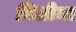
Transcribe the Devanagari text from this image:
निलीमा